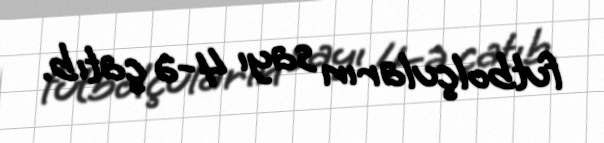
futbolçuların sayı 4-ə çatıb.